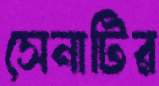
সেনাটির